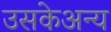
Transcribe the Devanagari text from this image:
उसकेअन्य